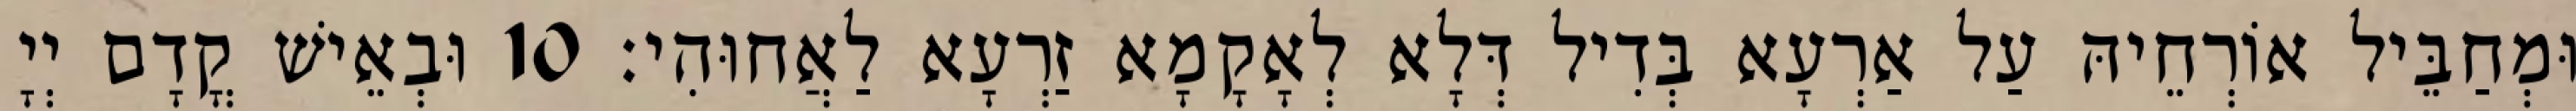
וּמְחַבֵּיל אוֹרְחֵיהּ עַל אַרְעָא בְּדִיל דְּלָא לְאָקָמָא זַרְעָא לַאֲחוּהִי׃ 10 וּבְאֵישׁ קֳדָם יְיָ